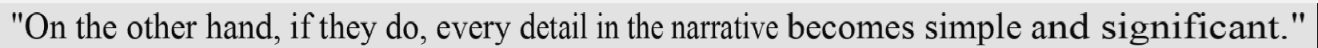
"On the other hand, if they do, every detail in the narrative becomes simple and significant."